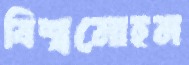
বিশ্বমোহন